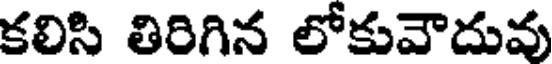
కలిసి తిరిగిన లోకువౌదువు